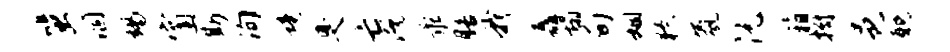
蜚涸竭窗斯洵境臭亡既乖膳我矗塌荀姻獠氛沅箱拊邑耽